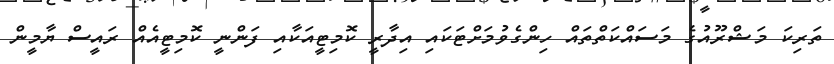
ތަރިކަ މަޝްރޫއުގެ މަސައްކަތްތައް ހިންގެވުމަށްޓަކައި އިދާރީ ކޮމިޓީއަކާއި ފަންނީ ކޮމިޓީއެއް ރައީސް ޔާމީން